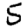
Digit: 5